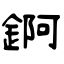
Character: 錒